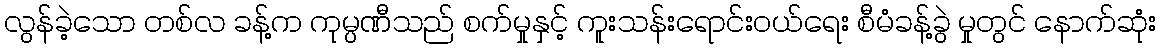
လွန်ခဲ့သော တစ်လ ခန့်က ကုမ္ပဏီသည် စက်မှုနှင့် ကူးသန်းရောင်းဝယ်ရေး စီမံခန့်ခွဲ မှုတွင် နောက်ဆုံး